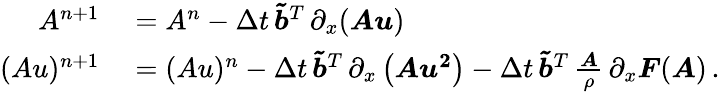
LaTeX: \begin{array}{rl}{A^{n+1}}&{{}=A^{n}-\Delta t\, \boldsymbol{\tilde{b}}^{T}\, \partial_{x}(\boldsymbol{Au})}\\ {(Au)^{n+1}}&{{}=(Au)^{n}-\Delta t\, \boldsymbol{\tilde{b}}^{T}\, \partial_{x}\left(\boldsymbol{Au^{2}}\right)-\Delta t\, \boldsymbol{\tilde{b}}^{T}\, \frac{\boldsymbol{A}}{\rho}\, \partial_{x}\boldsymbol{F}(\boldsymbol{A})\, .}\end{array}